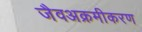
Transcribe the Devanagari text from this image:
जैवअक्रमीकरण